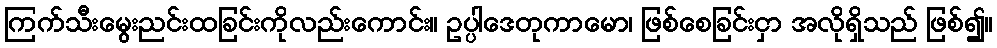
ကြက်သီးမွေးညင်းထခြင်းကိုလည်းကောင်း။ ဥပ္ပါဒေတုကာမော၊ ဖြစ်စေခြင်းငှာ အလိုရှိသည် ဖြစ်၍။